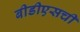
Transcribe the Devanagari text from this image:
बीडीएसची